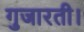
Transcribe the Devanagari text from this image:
गुजारती।